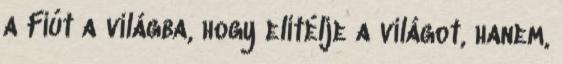
a Fiút a világba, hogy elítélje a világot, hanem,